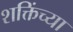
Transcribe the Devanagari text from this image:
शक्तिंच्या